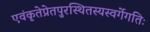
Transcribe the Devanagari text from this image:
एवंकृतेप्रेतपुरस्थितस्यस्वर्गेगतिः